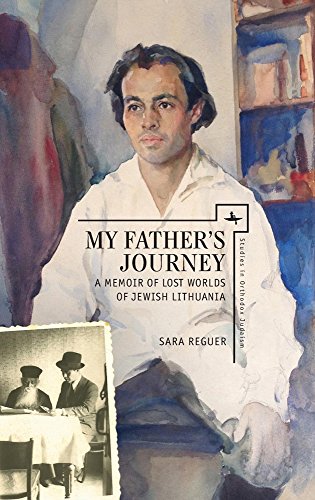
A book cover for My Father's Journey: A Memoir of Lost Worlds of Jewish Lithuania (Studies in Orthodox Judaism); Sara Reguer; Religion & Spirituality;